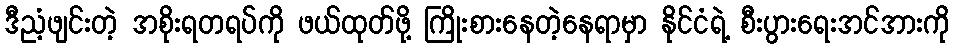
ဒီညံ့ဖျင်းတဲ့ အစိုးရတရပ်ကို ဖယ်ထုတ်ဖို့ ကြိုးစားနေတဲ့နေရာမှာ နိုင်ငံရဲ့ စီးပွားရေးအင်အားကို